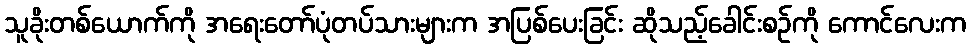
သူခိုးတစ်ယောက်ကို အရေးတော်ပုံတပ်သားများက အပြစ်ပေးခြင်း ဆိုသည့်ခေါင်းစဉ်ကို ကောင်လေးက